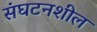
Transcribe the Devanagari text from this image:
संघटनशील